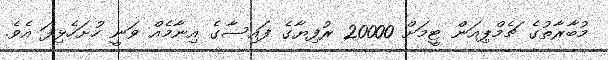
މުބާރާތުގެ ޗެމްޕިއަން ޓީމަށް 20000 ރުފިޔާގެ ފައިސާގެ އިނާމެއް ވަނީ ހުށަހެޅިފަ އެވެ.